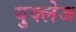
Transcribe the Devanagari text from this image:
युक्लेज